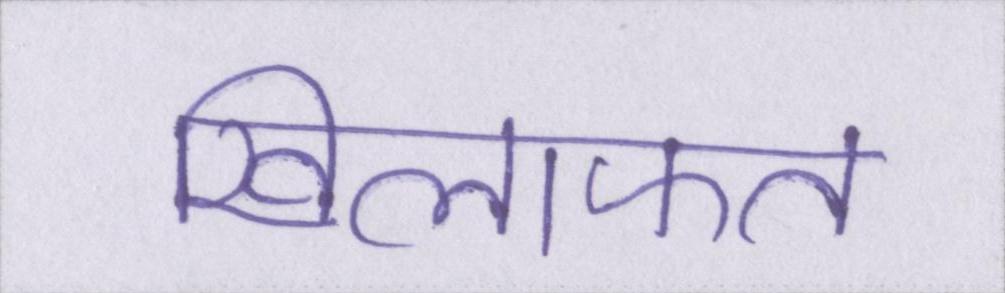
खिलाफत